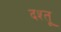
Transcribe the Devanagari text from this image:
दश्तू